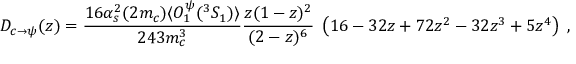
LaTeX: D _ { c \to \psi } ( z ) = \frac { 1 6 \alpha _ { s } ^ { 2 } ( 2 m _ { c } ) \langle { \cal O } _ { 1 } ^ { \psi } ( ^ { 3 } S _ { 1 } ) \rangle } { 2 4 3 m _ { c } ^ { 3 } } \frac { z ( 1 - z ) ^ { 2 } } { ( 2 - z ) ^ { 6 } } \; \left( 1 6 - 3 2 z + 7 2 z ^ { 2 } - 3 2 z ^ { 3 } + 5 z ^ { 4 } \right) \; ,